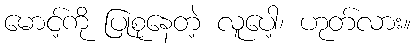
မောင့်ကို ပြုစုနေတဲ့ လူပေါ့၊ ဟုတ်လား။